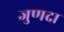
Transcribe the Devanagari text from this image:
जुणदा